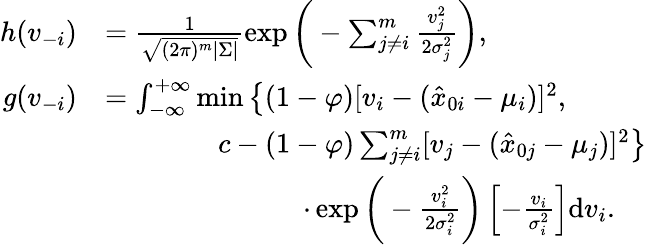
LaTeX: \begin{array}{rl}{h({v}_{-i})}&{=\frac{1}{\sqrt{(2\pi)^{m}|{\Sigma}|}}\exp\bigg(-\sum_{j\neq i}^{m}\frac{v_{j}^{2}}{2\sigma_{j}^{2}}\bigg),}\\ {g({v}_{-i})}&{=\int_{-\infty}^{+\infty}\operatorname*{min}\big\{ (1-\varphi)[v_{i}-(\hat{x}_{0i}-\mu_{i})]^{2},}\\ &{\qquad\qquad c-(1-\varphi)\sum_{j\neq i}^{m}[v_{j}-(\hat{x}_{0j}-\mu_{j})]^{2}\big\} }\\ &{\qquad\qquad\qquad\quad\cdot\exp\bigg(-\frac{v_{i}^{2}}{2\sigma_{i}^{2}}\bigg)\left[-\frac{v_{i}}{\sigma_{i}^{2}}\right]\mathrm{d}v_{i}.}\end{array}